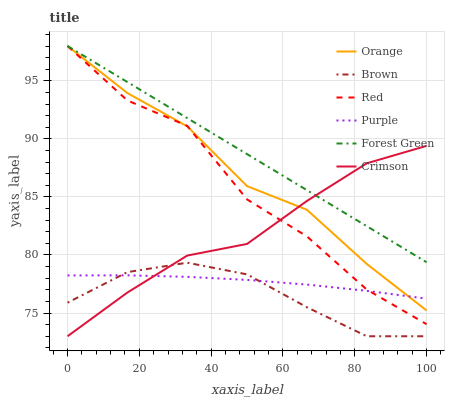
| xaxis_label | Orange | Brown | Red | Purple | Forest Green | Crimson |
 | --- | --- | --- | --- | --- | --- | --- |
 | 0 | 98 | 75.9 | 98 | 78.2 | 98 | 73 |
 | 16.7 | 93.9 | 78.5 | 93.3 | 78.2 | 94.9 | 76.8 |
 | 33.3 | 91.1 | 79.3 | 91.1 | 78.1 | 91.8 | 79.9 |
 | 50 | 85.9 | 78.3 | 84.8 | 77.9 | 88.7 | 81 |
 | 66.7 | 83.9 | 75.5 | 81.6 | 77.5 | 85.6 | 84.7 |
 | 83.3 | 79.2 | 73 | 77 | 76.9 | 82.5 | 87.9 |
 | 100 | 75.2 | 73 | 74 | 76.2 | 79.4 | 89.4 |